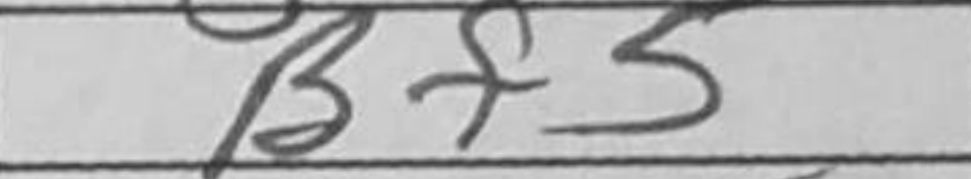
Transcription: Bf5